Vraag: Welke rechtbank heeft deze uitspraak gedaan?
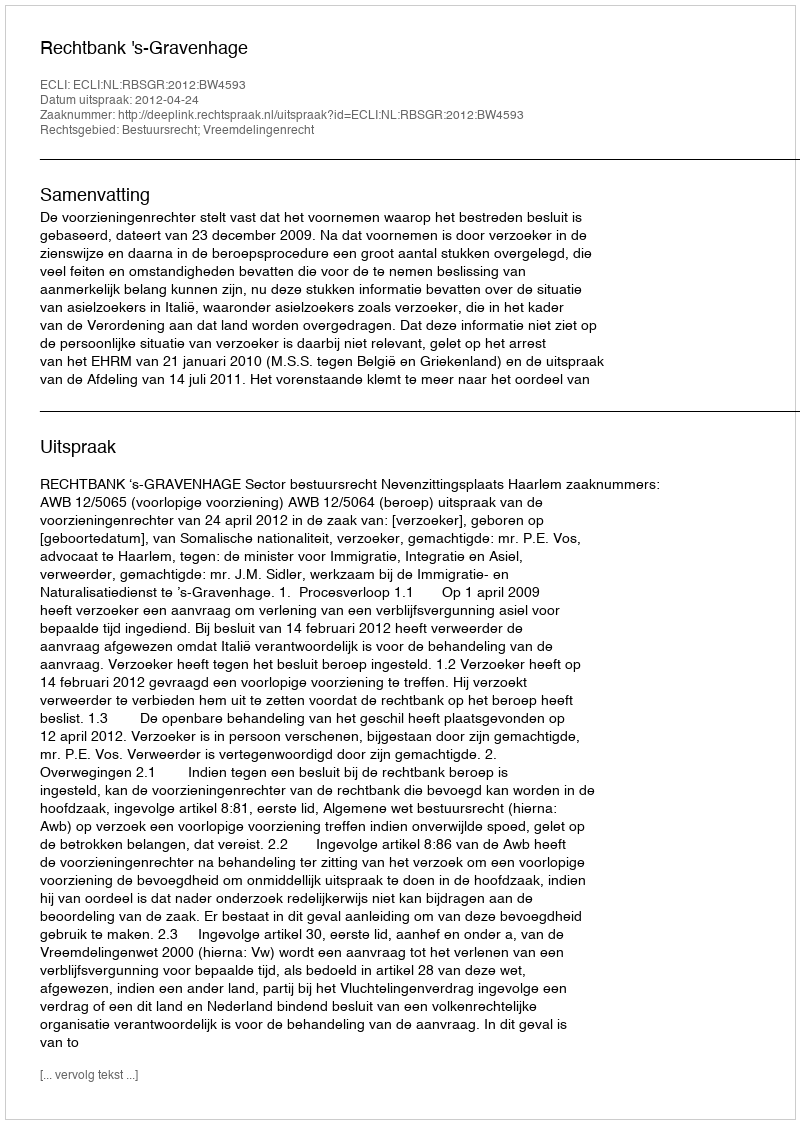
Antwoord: Rechtbank 's-Gravenhage